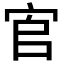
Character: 𡧺